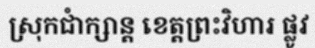
ស្រុកជាំក្សាន្ត ខេត្តព្រះវិហារ ផ្លូវ